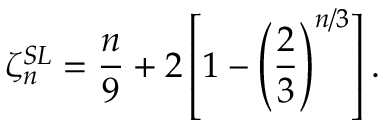
\zeta _ { n } ^ { S L } = \frac { n } { 9 } + 2 \left[ 1 - \left( \frac { 2 } { 3 } \right) ^ { n / 3 } \right] .